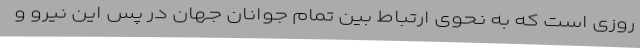
روزی است که به نحوی ارتباط بین تمام جوانان جهان در پس این نیرو و